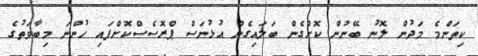
ކިތަންމެ މަދުން ލޮނު ބޭނުން ކޮށްގެން ބަލައިގެން އުޅުނަސް ޕްރޮސެސްކޮށްފައި ހުންނަ މިބާވަތުގެ